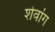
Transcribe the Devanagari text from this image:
शेवांग